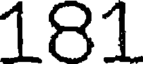
181